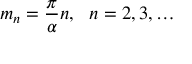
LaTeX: m _ { n } = \frac { \pi } { \alpha } n , \ \ n = 2 , 3 , \ldots